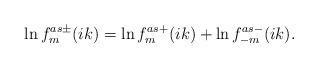
LaTeX: \begin{align*}\ln f^{as\pm}_m(ik)=\ln f^{as+}_m(ik)+\ln f^{as-}_{-m}(ik).\end{align*}